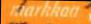
markkaa